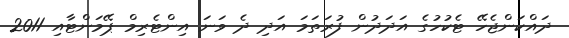
ދައްކަންޖެހޭ ޓެކުހުގެ އަދަދުން ފުރަތަމަ އަދި ދެ ވަނަ އިންޓެރިމް ޕޭމަންޓާއި 2011